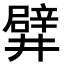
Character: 𨐨